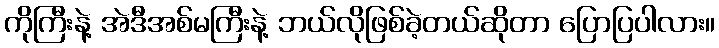
ကိုကြီးနဲ့ အဲဒီအစ်မကြီးနဲ့ ဘယ်လိုဖြစ်ခဲ့တယ်ဆိုတာ ပြောပြပါလား။